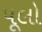
પૂલો